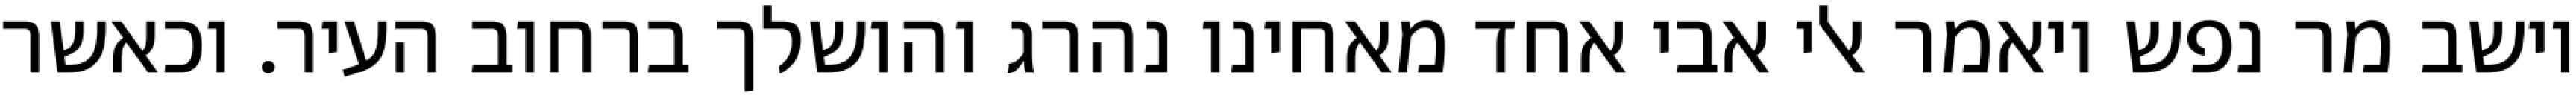
וישב מר נפש ויאמר אלי אבי אחד מאחינו נהרג והושלך ברחוב העיר. וכאשר